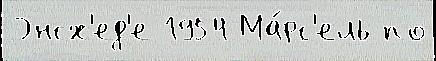
Энсх'ед'е 1954 Ма́рс'ель по